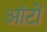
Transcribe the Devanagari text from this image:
आंटों